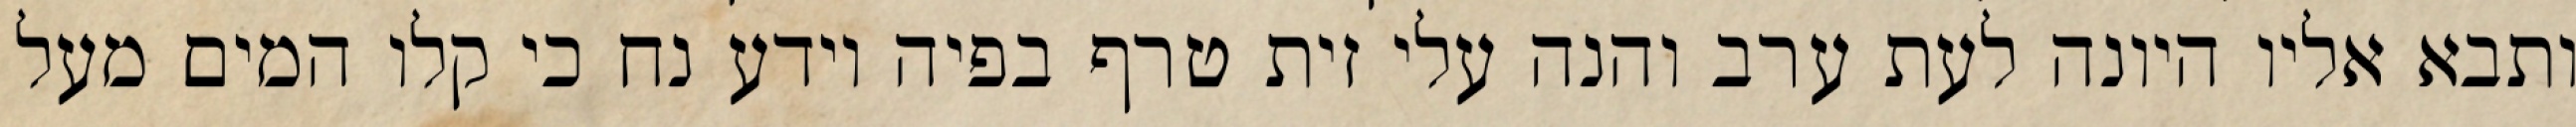
ותבא אליו היונה לעת ערב והנה עלי זית טרף בפיה וידע נח כי קלו המים מעל